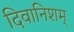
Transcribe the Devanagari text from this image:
दिवानिशम्